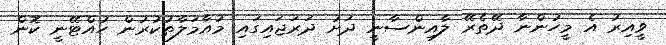
ވީއިރު އެ މީހުންނާ ދޭތެރޭ ލާއިންސާނީ ދަށު ދަރަޖައިގައި މުއާމަލާތުކުރުން ހުއްޓޭނީ ކޮން